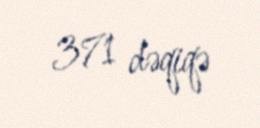
371 dəqiqə